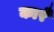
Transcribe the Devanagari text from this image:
कारँ